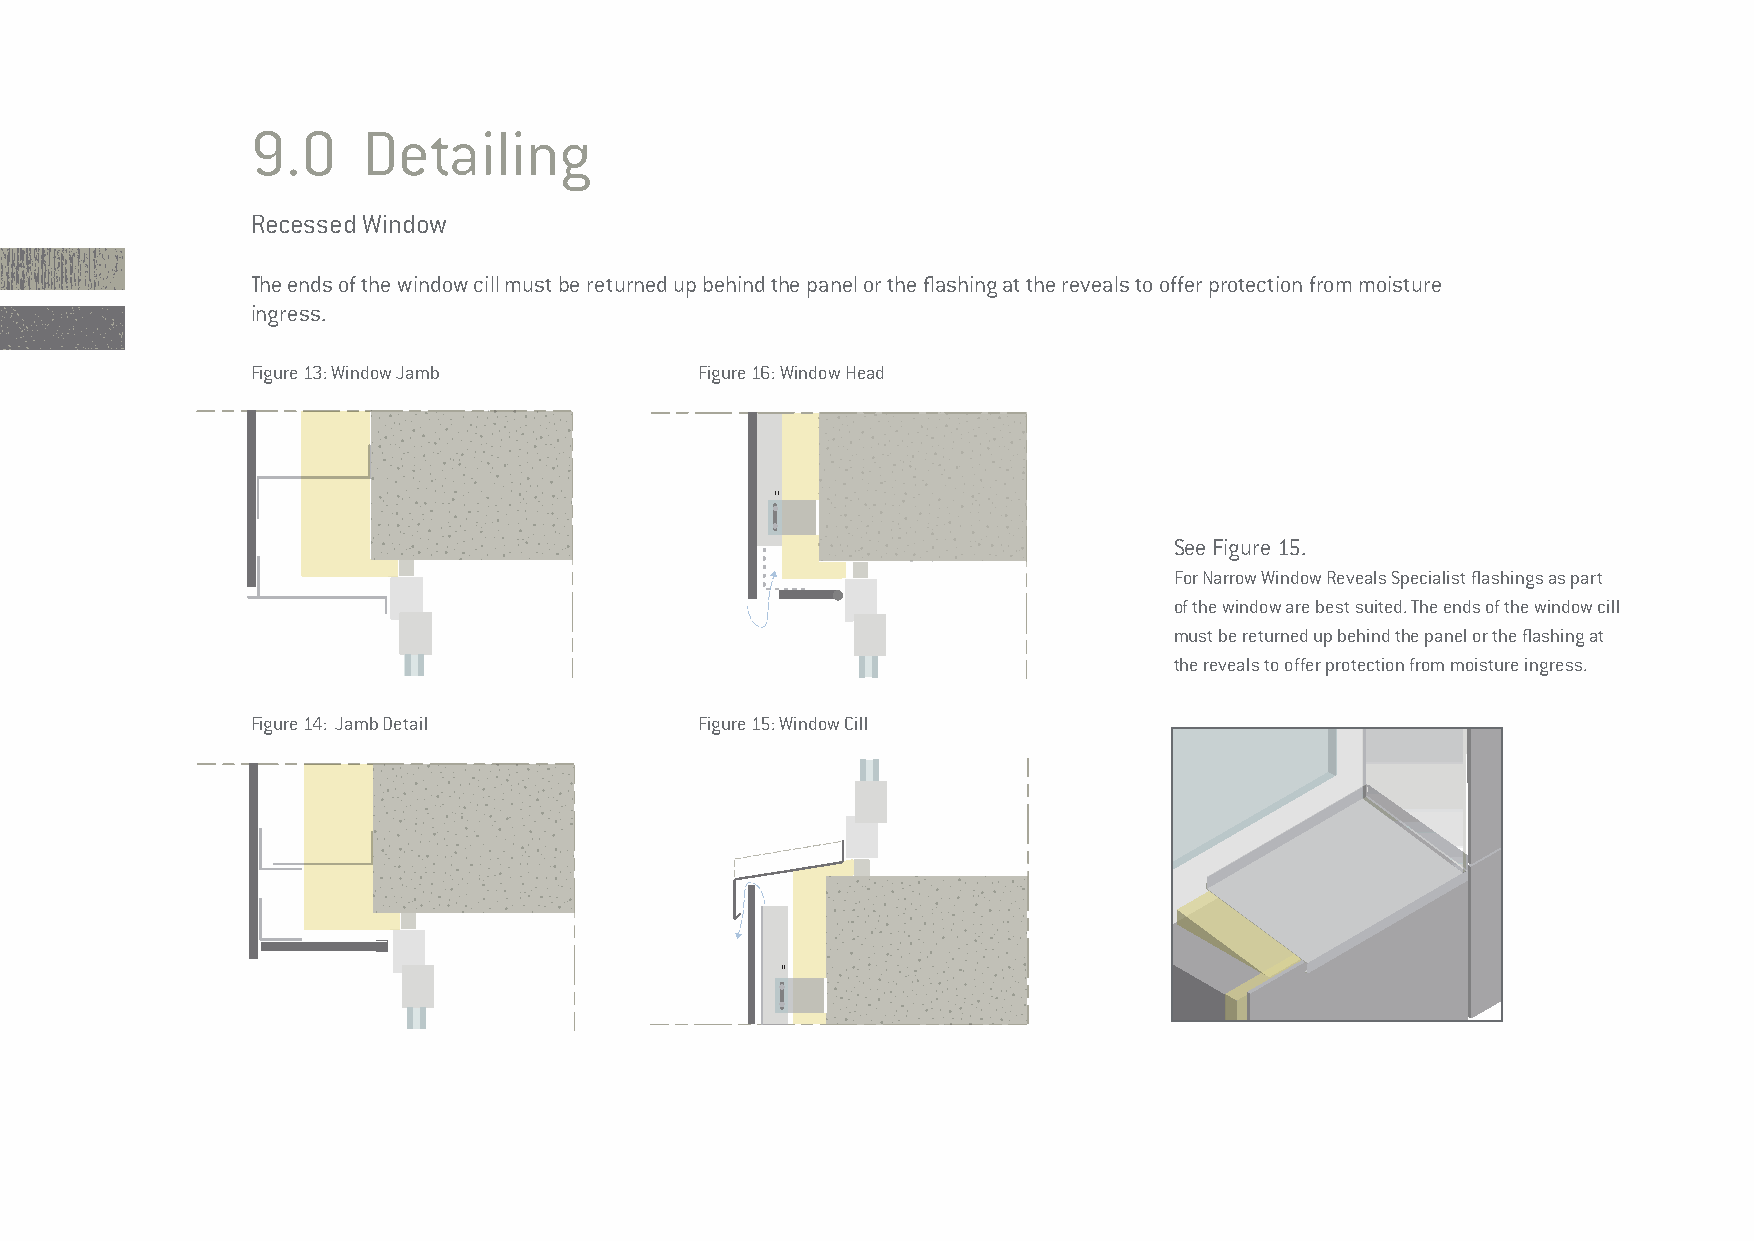
9.0    Detailing
 Recessed Window
 The ends of the window cill must be returned up behind the panel or the flashing at the reveals to offer protection from moisture
 ingress.
 Figure 13: Window Jamb       Figure 16: Window Head
 See Figure 15.
 For Narrow Window Reveals Specialist flashings as part
 of the window are best suited. The ends of the window cill
 must be returned up behind the panel or the flashing at
 the reveals to offer protection from moisture ingress.
 Figure 14: Jamb Detail       Figure 15: Window Cill